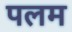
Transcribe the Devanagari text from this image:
पलम